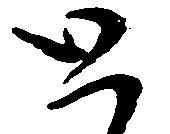
と